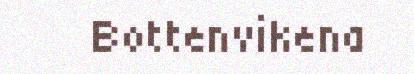
Bottenvikena